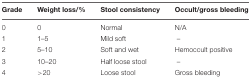
<table><thead><tr><td><b>Grade</b></td><td><b>Weight loss/%</b></td><td><b>Stool consistency</b></td><td><b>Occult/gross bleeding</b></td></tr></thead><tbody><tr><td>0</td><td>0</td><td>Normal</td><td>N/A</td></tr><tr><td>1</td><td>1–5</td><td>Mild soft</td><td>–</td></tr><tr><td>2</td><td>5–10</td><td>Soft and wet</td><td>Hemoccult positive</td></tr><tr><td>3</td><td>10–20</td><td>Half loose stool</td><td>–</td></tr><tr><td>4</td><td>&gt;20</td><td>Loose stool</td><td>Gross bleeding</td></tr></tbody></table>